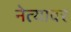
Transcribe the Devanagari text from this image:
नेत्यावर